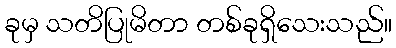
ခုမှ သတိပြုမိတာ တစ်ခုရှိသေးသည်။